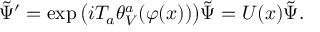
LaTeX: \tilde { \Psi } ^ { \prime } = \exp \big ( i T _ { a } \theta _ { V } ^ { a } ( \varphi ( x ) ) \big ) \tilde { \Psi } = U ( x ) \tilde { \Psi } .